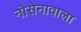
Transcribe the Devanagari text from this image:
नौसेनावाला